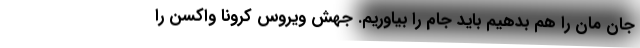
جان مان را هم بدهیم باید جام را بیاوریم. جهش ویروس کرونا واکسن را